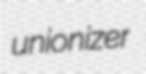
unionizer